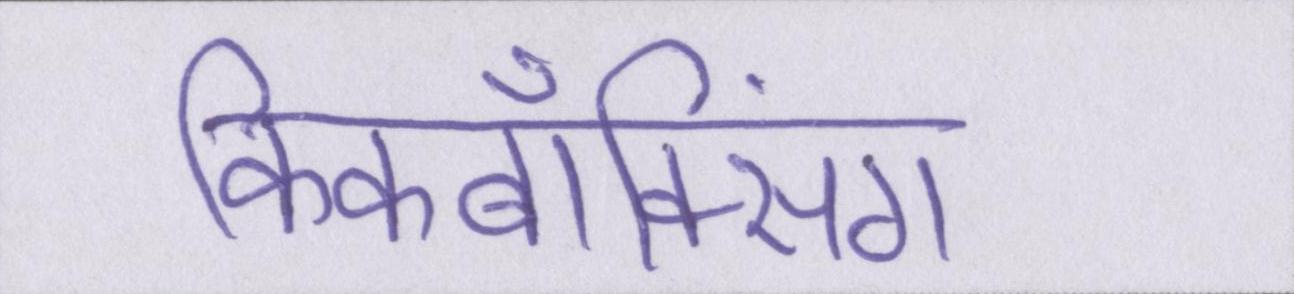
किकबॉक्सिंग